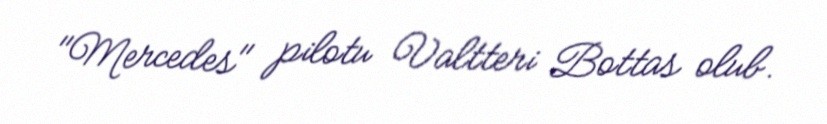
"Mercedes" pilotu Valtteri Bottas olub.